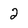
Character: 2